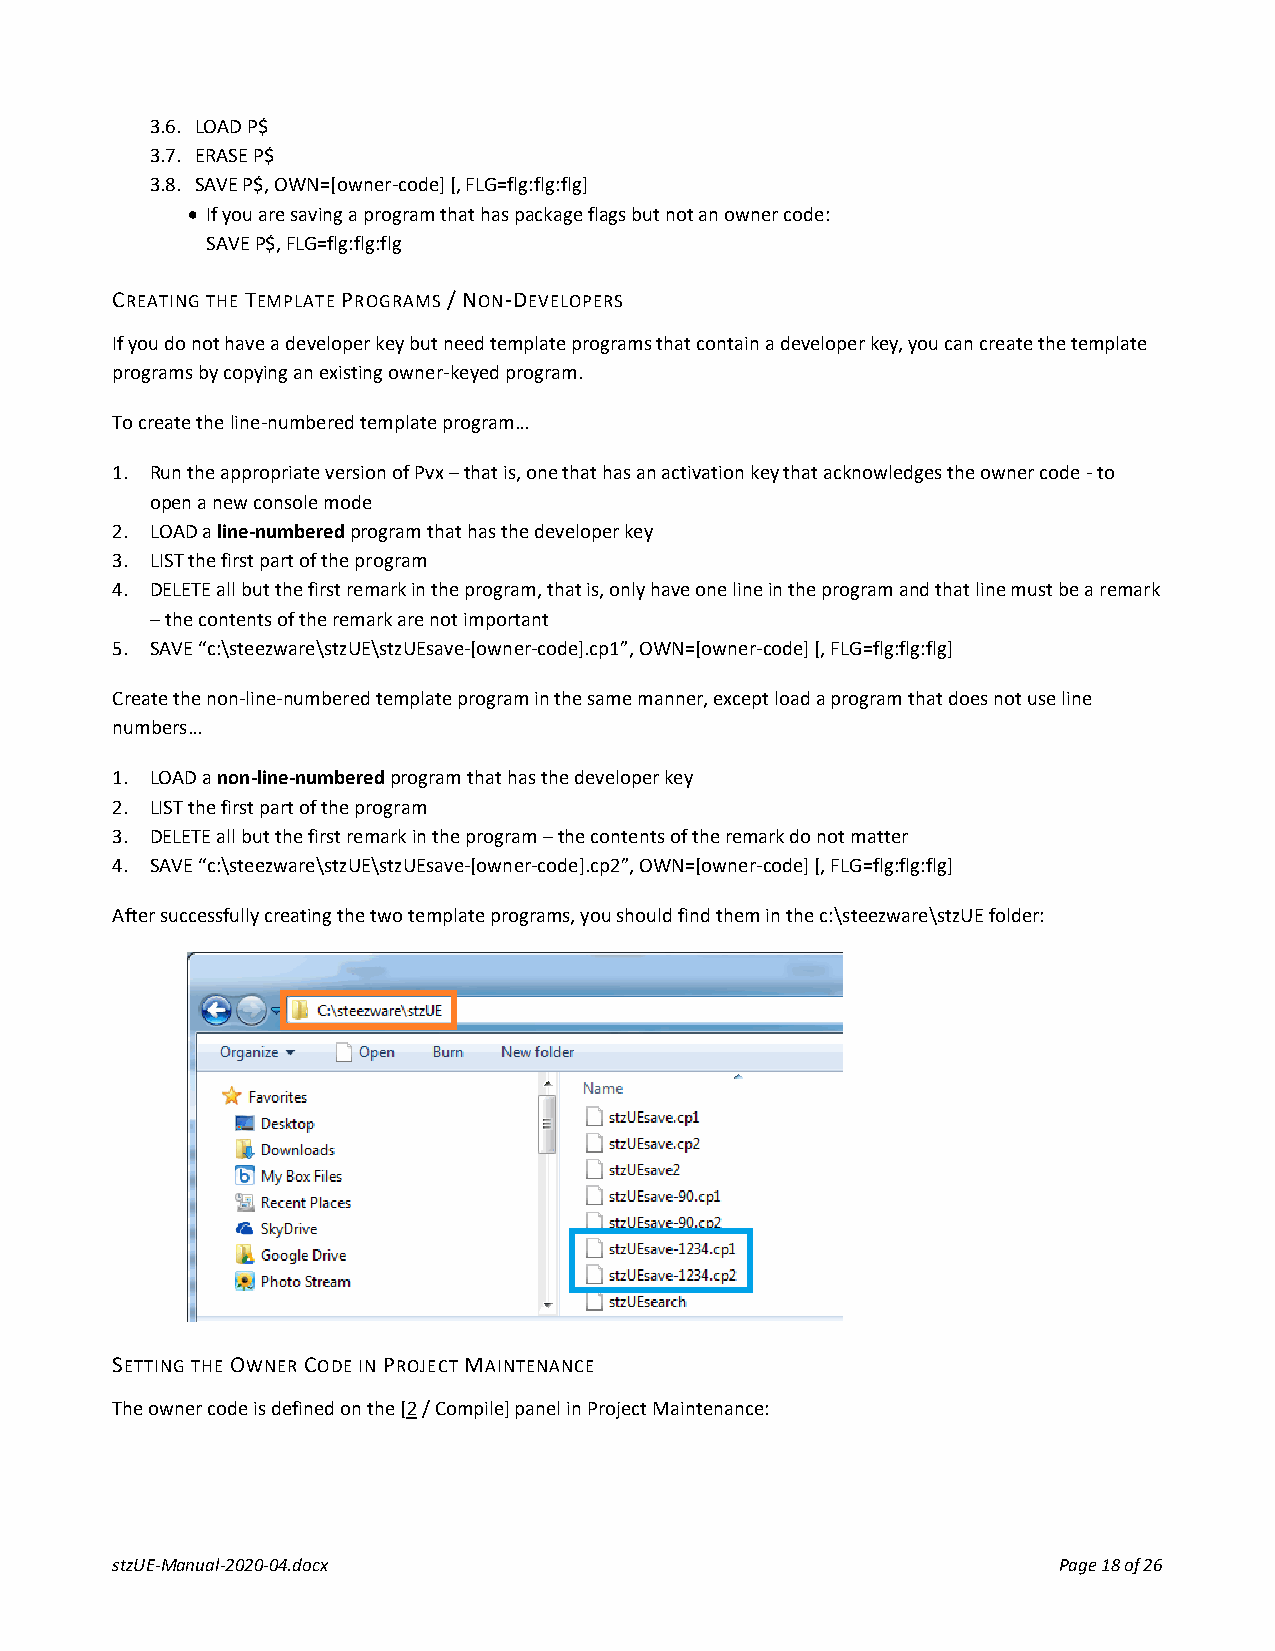
3.6. LOAD P$
 3.7. ERASE P$
 3.8. SAVE P$, OWN=[owner-code] [, FLG=flg:flg:flg]
 • If you are saving a program that has package flags but not an owner code:
 SAVE P$, FLG=flg:flg:flg
 CREATING THE TEMPLATE PROGRAMS / NON-DEVELOPERS
 If you do not have a developer key but need template programs that contain a developer key, you can create the template
 programs by copying an existing owner-keyed program.
 To create the line-numbered template program…
 1. Run the appropriate version of Pvx – that is, one that has an activation key that acknowledges the owner code - to
 open a new console mode
 2. LOAD a line-numbered program that has the developer key
 3. LIST the first part of the program
 4. DELETE all but the first remark in the program, that is, only have one line in the program and that line must be a remark
 – the contents of the remark are not important
 5. SAVE “c:\steezware\stzUE\stzUEsave-[owner-code].cp1”, OWN=[owner-code] [, FLG=flg:flg:flg]
 Create the non-line-numbered template program in the same manner, except load a program that does not use line
 numbers…
 1. LOAD a non-line-numbered program that has the developer key
 2. LIST the first part of the program
 3. DELETE all but the first remark in the program – the contents of the remark do not matter
 4. SAVE “c:\steezware\stzUE\stzUEsave-[owner-code].cp2”, OWN=[owner-code] [, FLG=flg:flg:flg]
 After successfully creating the two template programs, you should find them in the c:\steezware\stzUE folder:
 SETTING THE OWNER CODE IN PROJECT MAINTENANCE
 The owner code is defined on the [2 / Compile] panel in Project Maintenance:
 stzUE-Manual-2020-04.docx                                      Page 18 of 26